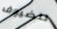
للضيوف